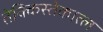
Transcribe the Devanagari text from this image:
तेक्किस्तेकात्ल